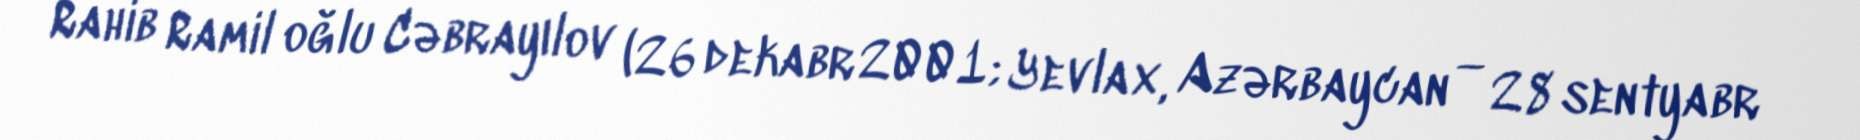
Rahib Ramil oğlu Cəbrayılov (26 dekabr 2001; Yevlax, Azərbaycan — 28 sentyabr